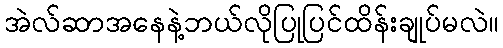
အဲလ်ဆာအနေနဲ့ဘယ်လိုပြုပြင်ထိန်းချုပ်မလဲ။